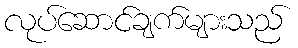
လုပ်ဆောင်ချက်များသည်